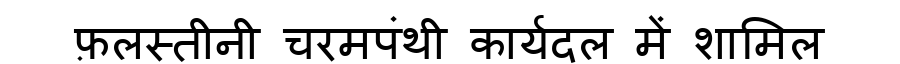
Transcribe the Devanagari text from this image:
फ़लस्तीनी चरमपंथी कार्यदल में शामिल